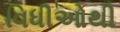
વિધીઓથી